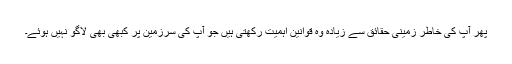
پھر آپ کی خاطر زمینی حقائق سے زیادہ وہ قوانین اہمیت رکھتی ہیں جو آپ کی سرزمین پر کبھی بھی لاگو نہیں ہوئے۔